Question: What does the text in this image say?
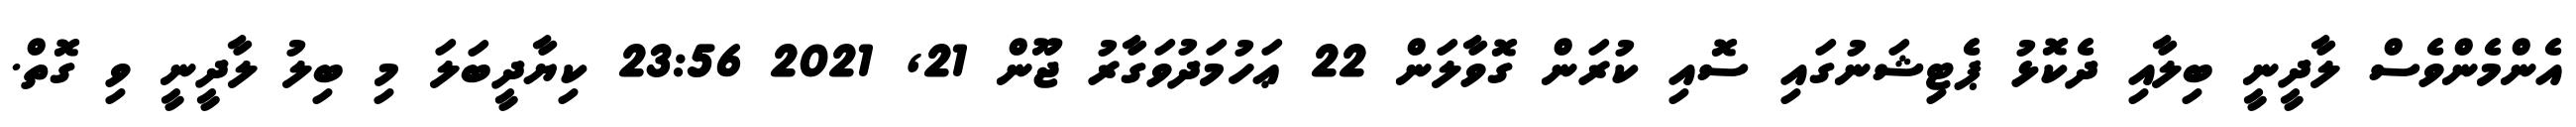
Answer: އެންމެންވެސް ލާދީނީ ބިލާއި ދެކޮޅު ޕެޓިޝަނުގައި ސޮއި ކުރަން ގޮވާލަން 22 ޢަހުމަދުވަގާރު ޖޫން 21, 2021 23:56 ކިޔާދީބަލަ މި ބިލު ލާދީނީ ވި ގޮތް.